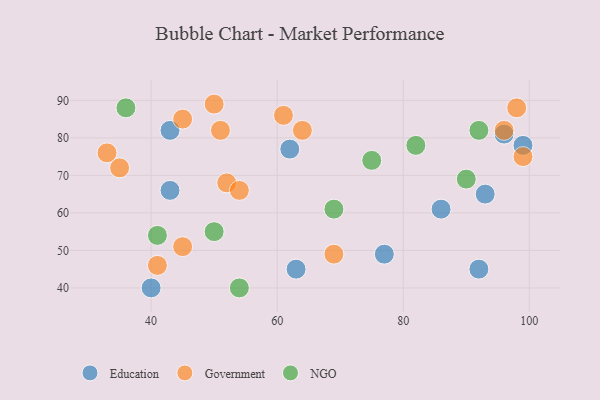
{"axis": {"x": "GDP", "y": "Life Expectancy"}, "legend": ["Education", "Government", "NGO"], "data": [{"x": "62", "y": 77, "type": "Education"}, {"x": "77", "y": 49, "type": "Education"}, {"x": "93", "y": 65, "type": "Education"}, {"x": "96", "y": 81, "type": "Education"}, {"x": "63", "y": 45, "type": "Education"}, {"x": "86", "y": 61, "type": "Education"}, {"x": "43", "y": 66, "type": "Education"}, {"x": "43", "y": 82, "type": "Education"}, {"x": "99", "y": 78, "type": "Education"}, {"x": "40", "y": 40, "type": "Education"}, {"x": "92", "y": 45, "type": "Education"}, {"x": "64", "y": 82, "type": "Government"}, {"x": "69", "y": 49, "type": "Government"}, {"x": "96", "y": 82, "type": "Government"}, {"x": "52", "y": 68, "type": "Government"}, {"x": "35", "y": 72, "type": "Government"}, {"x": "45", "y": 85, "type": "Government"}, {"x": "33", "y": 76, "type": "Government"}, {"x": "50", "y": 89, "type": "Government"}, {"x": "45", "y": 51, "type": "Government"}, {"x": "41", "y": 46, "type": "Government"}, {"x": "61", "y": 86, "type": "Government"}, {"x": "99", "y": 75, "type": "Government"}, {"x": "98", "y": 88, "type": "Government"}, {"x": "54", "y": 66, "type": "Government"}, {"x": "51", "y": 82, "type": "Government"}, {"x": "90", "y": 69, "type": "NGO"}, {"x": "92", "y": 82, "type": "NGO"}, {"x": "82", "y": 78, "type": "NGO"}, {"x": "75", "y": 74, "type": "NGO"}, {"x": "36", "y": 88, "type": "NGO"}, {"x": "41", "y": 54, "type": "NGO"}, {"x": "54", "y": 40, "type": "NGO"}, {"x": "69", "y": 61, "type": "NGO"}, {"x": "50", "y": 55, "type": "NGO"}]}